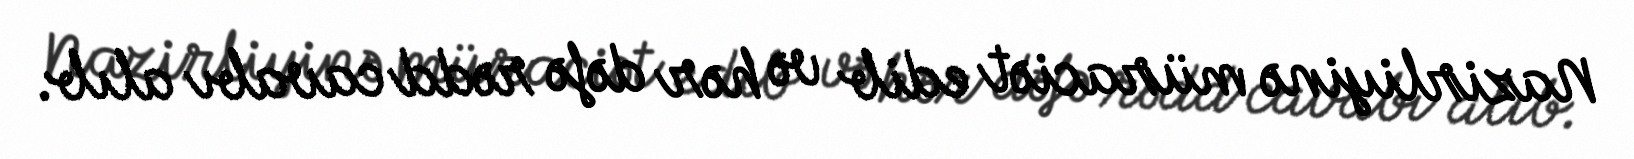
Nazirliyinə müraciət edib və hər dəfə rədd cavabı alıb.